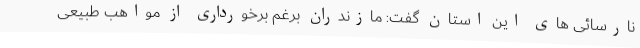
نارسائی های این استان گفت: مازندران برغم برخورداری از مواهب طبیعی